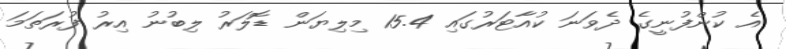
އެ ކުންފުނީގެ ދެވަނަ ކުއާޓަރުގައި 15.4 މިލިޔަން ޑޮލަރު ލިބުނު އިރު ފުރަތަމަ